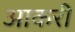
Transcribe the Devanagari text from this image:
आकरी